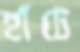
হাঁটে